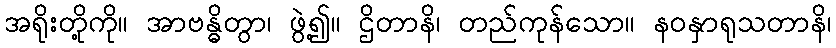
အရိုးတို့ကို။ အာဗန္ဓိတွာ၊ ဖွဲ့၍။ ဌိတာနိ၊ တည်ကုန်သော။ နဝနှာရုသတာနိ၊